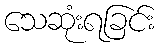
သေဆုံးရခြင်း